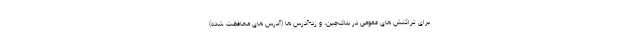
برای تراکنش های عمومی در بلاک‌چین، و زد-آدرس ها (آدرس های محافظت شده)